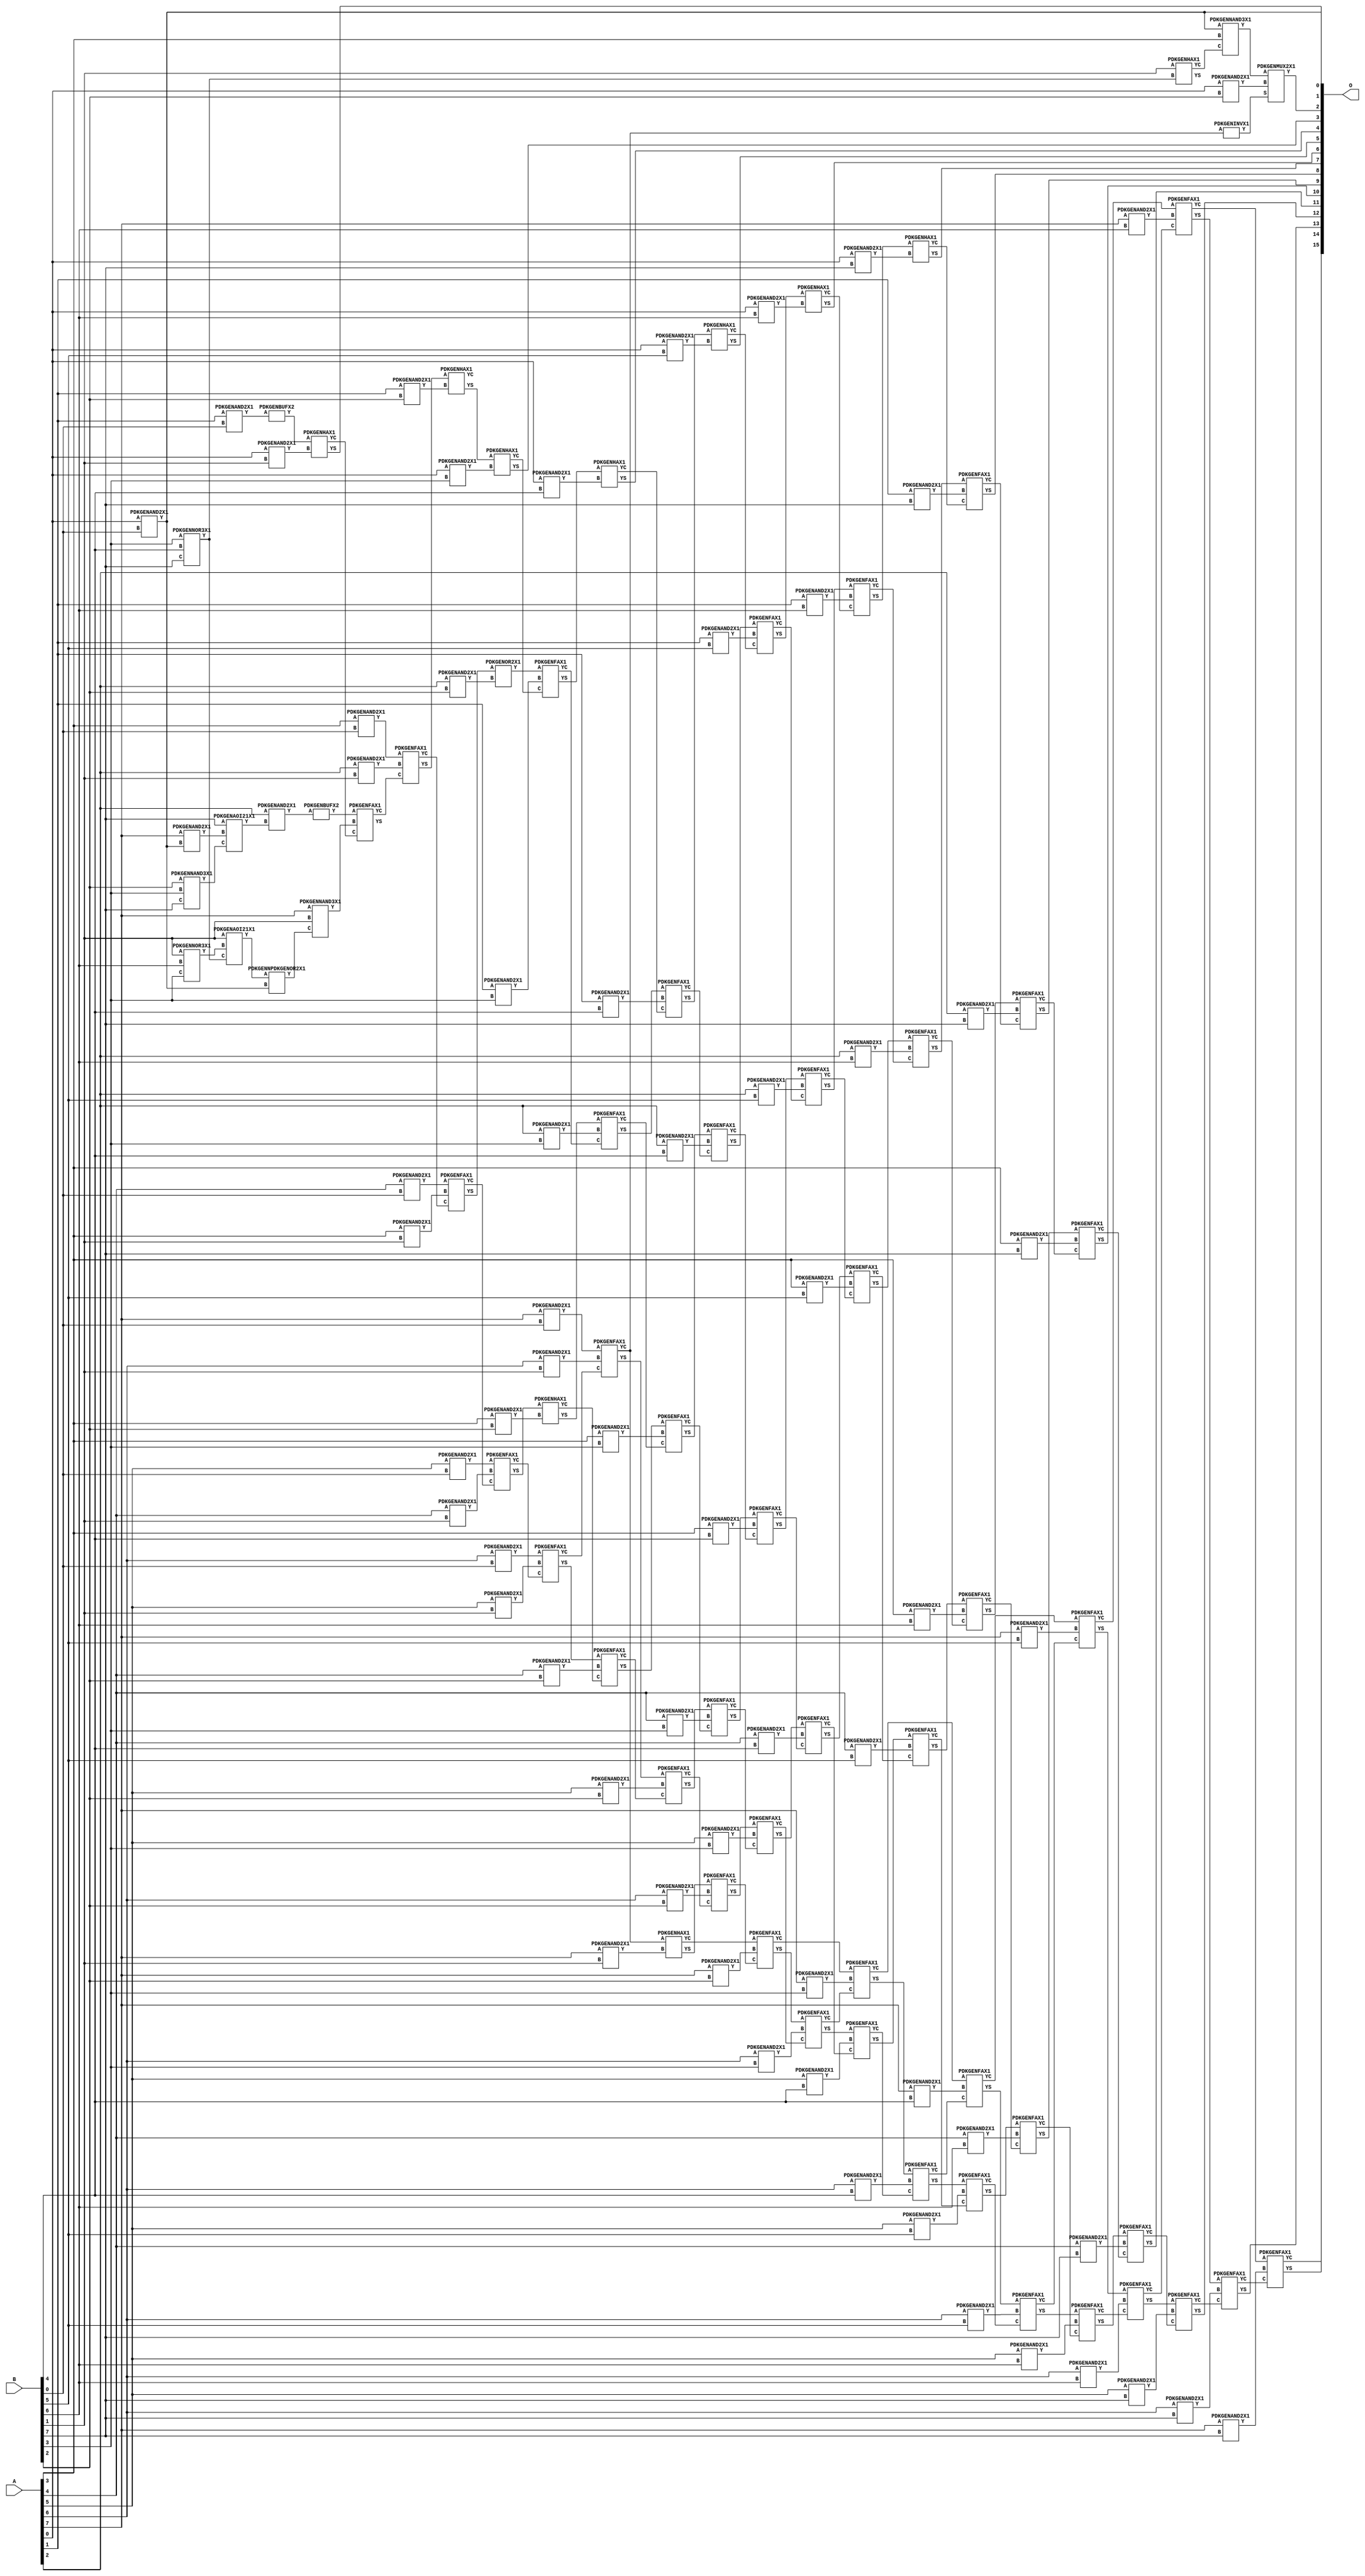
// Library = EvoApprox8b
// Circuit = mul8_316
// Area   (180) = 8716
// Delay  (180) = 5.340
// Power  (180) = 4409.30
// Area   (45) = 631
// Delay  (45) = 2.000
// Power  (45) = 382.70
// Nodes = 132
// HD = 60322
// MAE = 4.50098
// MSE = 80.69141
// MRE = 0.17 %
// WCE = 40
// WCRE = 100 %
// EP = 45.8 %

module mul8_316(A, B, O);
  input [7:0] A;
  input [7:0] B;
  output [15:0] O;
  wire [2031:0] N;

  assign N[0] = A[0];
  assign N[1] = A[0];
  assign N[2] = A[1];
  assign N[3] = A[1];
  assign N[4] = A[2];
  assign N[5] = A[2];
  assign N[6] = A[3];
  assign N[7] = A[3];
  assign N[8] = A[4];
  assign N[9] = A[4];
  assign N[10] = A[5];
  assign N[11] = A[5];
  assign N[12] = A[6];
  assign N[13] = A[6];
  assign N[14] = A[7];
  assign N[15] = A[7];
  assign N[16] = B[0];
  assign N[17] = B[0];
  assign N[18] = B[1];
  assign N[19] = B[1];
  assign N[20] = B[2];
  assign N[21] = B[2];
  assign N[22] = B[3];
  assign N[23] = B[3];
  assign N[24] = B[4];
  assign N[25] = B[4];
  assign N[26] = B[5];
  assign N[27] = B[5];
  assign N[28] = B[6];
  assign N[29] = B[6];
  assign N[30] = B[7];
  assign N[31] = B[7];

  PDKGENAND2X1 n32(.A(N[0]), .B(N[16]), .Y(N[32]));
  assign N[33] = N[32];
  PDKGENNOR3X1 n34(.A(N[22]), .B(N[24]), .C(N[30]), .Y(N[34]));
  assign N[35] = N[34];
  PDKGENNAND3X1 n36(.A(N[20]), .B(N[22]), .C(N[30]), .Y(N[36]));
  PDKGENNOR3X1 n38(.A(N[18]), .B(N[28]), .C(N[22]), .Y(N[38]));
  PDKGENAND2X1 n42(.A(N[14]), .B(N[32]), .Y(N[42]));
  PDKGENAND2X1 n48(.A(N[2]), .B(N[16]), .Y(N[48]));
  assign N[49] = N[48];
  PDKGENAOI21X1 n54(.A(N[30]), .B(N[42]), .C(N[36]), .Y(N[54]));
  PDKGENAOI21X1 n56(.A(N[18]), .B(N[38]), .C(N[35]), .Y(N[56]));
  assign N[57] = N[56];
  PDKGENHAX1 n58(.A(N[18]), .B(N[34]), .YS(N[58]), .YC(N[59]));
  PDKGENNAND3X1 n60(.A(N[33]), .B(N[6]), .C(N[59]), .Y(N[60]));
  assign N[61] = N[60];
  PDKGENAND2X1 n64(.A(N[4]), .B(N[54]), .Y(N[64]));
  assign N[65] = N[64];
  PDKGENAND2X1 n82(.A(N[6]), .B(N[16]), .Y(N[82]));
  PDKGENAND2X1 n98(.A(N[8]), .B(N[16]), .Y(N[98]));
  PDKGENAND2X1 n114(.A(N[10]), .B(N[16]), .Y(N[114]));
  PDKGENAND2X1 n132(.A(N[12]), .B(N[16]), .Y(N[132]));
  PDKGENBUFX2 n136(.A(N[65]), .Y(N[136]));
  assign N[137] = N[136];
  PDKGENAND2X1 n148(.A(N[14]), .B(N[16]), .Y(N[148]));
  PDKGENNPDKGENOR2X1 n154(.A(N[57]), .B(N[32]), .Y(N[154]));
  assign N[155] = N[154];
  PDKGENAND2X1 n164(.A(N[0]), .B(N[18]), .Y(N[164]));
  PDKGENBUFX2 n168(.A(N[49]), .Y(N[168]));
  assign N[169] = N[168];
  PDKGENNAND3X1 n182(.A(N[14]), .B(N[18]), .C(N[155]), .Y(N[182]));
  PDKGENAND2X1 n198(.A(N[4]), .B(N[18]), .Y(N[198]));
  PDKGENAND2X1 n214(.A(N[6]), .B(N[18]), .Y(N[214]));
  PDKGENAND2X1 n232(.A(N[8]), .B(N[18]), .Y(N[232]));
  PDKGENAND2X1 n248(.A(N[10]), .B(N[18]), .Y(N[248]));
  PDKGENAND2X1 n264(.A(N[12]), .B(N[18]), .Y(N[264]));
  PDKGENAND2X1 n282(.A(N[14]), .B(N[18]), .Y(N[282]));
  PDKGENHAX1 n298(.A(N[169]), .B(N[164]), .YS(N[298]), .YC(N[299]));
  PDKGENFAX1 n314(.A(N[137]), .B(N[182]), .C(N[299]), .YS(N[314]), .YC(N[315]));
  PDKGENFAX1 n332(.A(N[82]), .B(N[198]), .C(N[315]), .YS(N[332]), .YC(N[333]));
  PDKGENFAX1 n348(.A(N[98]), .B(N[214]), .C(N[333]), .YS(N[348]), .YC(N[349]));
  PDKGENFAX1 n364(.A(N[114]), .B(N[232]), .C(N[349]), .YS(N[364]), .YC(N[365]));
  PDKGENFAX1 n382(.A(N[132]), .B(N[248]), .C(N[365]), .YS(N[382]), .YC(N[383]));
  PDKGENFAX1 n398(.A(N[148]), .B(N[264]), .C(N[383]), .YS(N[398]), .YC(N[399]));
  PDKGENHAX1 n414(.A(N[399]), .B(N[282]), .YS(N[414]), .YC(N[415]));
  PDKGENAND2X1 n432(.A(N[0]), .B(N[20]), .Y(N[432]));
  PDKGENAND2X1 n448(.A(N[2]), .B(N[20]), .Y(N[448]));
  PDKGENAND2X1 n464(.A(N[4]), .B(N[20]), .Y(N[464]));
  PDKGENAND2X1 n482(.A(N[6]), .B(N[20]), .Y(N[482]));
  PDKGENAND2X1 n498(.A(N[8]), .B(N[20]), .Y(N[498]));
  PDKGENAND2X1 n514(.A(N[10]), .B(N[20]), .Y(N[514]));
  PDKGENAND2X1 n532(.A(N[12]), .B(N[20]), .Y(N[532]));
  PDKGENINVX1 n534(.A(N[399]), .Y(N[534]));
  assign N[535] = N[534];
  PDKGENAND2X1 n548(.A(N[14]), .B(N[20]), .Y(N[548]));
  PDKGENMUX2X1 n564(.A(N[61]), .B(N[432]), .S(N[535]), .Y(N[564]));
  PDKGENHAX1 n582(.A(N[332]), .B(N[448]), .YS(N[582]), .YC(N[583]));
  PDKGENOR2X1 n598(.A(N[348]), .B(N[464]), .Y(N[598]));
  PDKGENHAX1 n614(.A(N[364]), .B(N[482]), .YS(N[614]), .YC(N[615]));
  PDKGENFAX1 n632(.A(N[382]), .B(N[498]), .C(N[615]), .YS(N[632]), .YC(N[633]));
  PDKGENFAX1 n648(.A(N[398]), .B(N[514]), .C(N[633]), .YS(N[648]), .YC(N[649]));
  PDKGENFAX1 n664(.A(N[414]), .B(N[532]), .C(N[649]), .YS(N[664]), .YC(N[665]));
  PDKGENFAX1 n682(.A(N[415]), .B(N[548]), .C(N[665]), .YS(N[682]), .YC(N[683]));
  PDKGENAND2X1 n698(.A(N[0]), .B(N[22]), .Y(N[698]));
  PDKGENAND2X1 n714(.A(N[2]), .B(N[22]), .Y(N[714]));
  PDKGENAND2X1 n732(.A(N[4]), .B(N[22]), .Y(N[732]));
  PDKGENAND2X1 n748(.A(N[6]), .B(N[22]), .Y(N[748]));
  PDKGENAND2X1 n764(.A(N[8]), .B(N[22]), .Y(N[764]));
  PDKGENAND2X1 n782(.A(N[10]), .B(N[22]), .Y(N[782]));
  PDKGENAND2X1 n798(.A(N[12]), .B(N[22]), .Y(N[798]));
  PDKGENAND2X1 n814(.A(N[14]), .B(N[22]), .Y(N[814]));
  PDKGENHAX1 n832(.A(N[582]), .B(N[698]), .YS(N[832]), .YC(N[833]));
  PDKGENFAX1 n848(.A(N[598]), .B(N[714]), .C(N[833]), .YS(N[848]), .YC(N[849]));
  PDKGENFAX1 n864(.A(N[614]), .B(N[732]), .C(N[849]), .YS(N[864]), .YC(N[865]));
  PDKGENFAX1 n882(.A(N[632]), .B(N[748]), .C(N[865]), .YS(N[882]), .YC(N[883]));
  PDKGENFAX1 n898(.A(N[648]), .B(N[764]), .C(N[883]), .YS(N[898]), .YC(N[899]));
  PDKGENFAX1 n914(.A(N[664]), .B(N[782]), .C(N[899]), .YS(N[914]), .YC(N[915]));
  PDKGENFAX1 n932(.A(N[682]), .B(N[798]), .C(N[915]), .YS(N[932]), .YC(N[933]));
  PDKGENFAX1 n948(.A(N[683]), .B(N[814]), .C(N[933]), .YS(N[948]), .YC(N[949]));
  PDKGENAND2X1 n964(.A(N[0]), .B(N[24]), .Y(N[964]));
  PDKGENAND2X1 n982(.A(N[2]), .B(N[24]), .Y(N[982]));
  PDKGENAND2X1 n998(.A(N[4]), .B(N[24]), .Y(N[998]));
  PDKGENAND2X1 n1014(.A(N[6]), .B(N[24]), .Y(N[1014]));
  PDKGENAND2X1 n1032(.A(N[8]), .B(N[24]), .Y(N[1032]));
  PDKGENAND2X1 n1048(.A(N[10]), .B(N[24]), .Y(N[1048]));
  PDKGENAND2X1 n1064(.A(N[12]), .B(N[24]), .Y(N[1064]));
  PDKGENAND2X1 n1082(.A(N[14]), .B(N[24]), .Y(N[1082]));
  PDKGENHAX1 n1098(.A(N[848]), .B(N[964]), .YS(N[1098]), .YC(N[1099]));
  PDKGENFAX1 n1114(.A(N[864]), .B(N[982]), .C(N[1099]), .YS(N[1114]), .YC(N[1115]));
  PDKGENFAX1 n1132(.A(N[882]), .B(N[998]), .C(N[1115]), .YS(N[1132]), .YC(N[1133]));
  PDKGENFAX1 n1148(.A(N[898]), .B(N[1014]), .C(N[1133]), .YS(N[1148]), .YC(N[1149]));
  PDKGENFAX1 n1164(.A(N[914]), .B(N[1032]), .C(N[1149]), .YS(N[1164]), .YC(N[1165]));
  PDKGENFAX1 n1182(.A(N[932]), .B(N[1048]), .C(N[1165]), .YS(N[1182]), .YC(N[1183]));
  PDKGENFAX1 n1198(.A(N[948]), .B(N[1064]), .C(N[1183]), .YS(N[1198]), .YC(N[1199]));
  PDKGENFAX1 n1214(.A(N[949]), .B(N[1082]), .C(N[1199]), .YS(N[1214]), .YC(N[1215]));
  PDKGENAND2X1 n1232(.A(N[0]), .B(N[26]), .Y(N[1232]));
  PDKGENAND2X1 n1248(.A(N[2]), .B(N[26]), .Y(N[1248]));
  PDKGENAND2X1 n1264(.A(N[4]), .B(N[26]), .Y(N[1264]));
  PDKGENAND2X1 n1282(.A(N[6]), .B(N[26]), .Y(N[1282]));
  PDKGENAND2X1 n1298(.A(N[8]), .B(N[26]), .Y(N[1298]));
  PDKGENAND2X1 n1314(.A(N[10]), .B(N[26]), .Y(N[1314]));
  PDKGENAND2X1 n1332(.A(N[12]), .B(N[26]), .Y(N[1332]));
  PDKGENAND2X1 n1348(.A(N[14]), .B(N[26]), .Y(N[1348]));
  PDKGENHAX1 n1364(.A(N[1114]), .B(N[1232]), .YS(N[1364]), .YC(N[1365]));
  PDKGENFAX1 n1382(.A(N[1132]), .B(N[1248]), .C(N[1365]), .YS(N[1382]), .YC(N[1383]));
  PDKGENFAX1 n1398(.A(N[1148]), .B(N[1264]), .C(N[1383]), .YS(N[1398]), .YC(N[1399]));
  PDKGENFAX1 n1414(.A(N[1164]), .B(N[1282]), .C(N[1399]), .YS(N[1414]), .YC(N[1415]));
  PDKGENFAX1 n1432(.A(N[1182]), .B(N[1298]), .C(N[1415]), .YS(N[1432]), .YC(N[1433]));
  PDKGENFAX1 n1448(.A(N[1198]), .B(N[1314]), .C(N[1433]), .YS(N[1448]), .YC(N[1449]));
  PDKGENFAX1 n1464(.A(N[1214]), .B(N[1332]), .C(N[1449]), .YS(N[1464]), .YC(N[1465]));
  PDKGENFAX1 n1482(.A(N[1215]), .B(N[1348]), .C(N[1465]), .YS(N[1482]), .YC(N[1483]));
  PDKGENAND2X1 n1498(.A(N[0]), .B(N[28]), .Y(N[1498]));
  PDKGENAND2X1 n1514(.A(N[2]), .B(N[28]), .Y(N[1514]));
  PDKGENAND2X1 n1532(.A(N[4]), .B(N[28]), .Y(N[1532]));
  PDKGENAND2X1 n1548(.A(N[6]), .B(N[28]), .Y(N[1548]));
  PDKGENAND2X1 n1564(.A(N[8]), .B(N[28]), .Y(N[1564]));
  PDKGENAND2X1 n1582(.A(N[10]), .B(N[28]), .Y(N[1582]));
  PDKGENAND2X1 n1598(.A(N[12]), .B(N[28]), .Y(N[1598]));
  PDKGENAND2X1 n1614(.A(N[14]), .B(N[28]), .Y(N[1614]));
  PDKGENHAX1 n1632(.A(N[1382]), .B(N[1498]), .YS(N[1632]), .YC(N[1633]));
  PDKGENFAX1 n1648(.A(N[1398]), .B(N[1514]), .C(N[1633]), .YS(N[1648]), .YC(N[1649]));
  PDKGENFAX1 n1664(.A(N[1414]), .B(N[1532]), .C(N[1649]), .YS(N[1664]), .YC(N[1665]));
  PDKGENFAX1 n1682(.A(N[1432]), .B(N[1548]), .C(N[1665]), .YS(N[1682]), .YC(N[1683]));
  PDKGENFAX1 n1698(.A(N[1448]), .B(N[1564]), .C(N[1683]), .YS(N[1698]), .YC(N[1699]));
  PDKGENFAX1 n1714(.A(N[1464]), .B(N[1582]), .C(N[1699]), .YS(N[1714]), .YC(N[1715]));
  PDKGENFAX1 n1732(.A(N[1482]), .B(N[1598]), .C(N[1715]), .YS(N[1732]), .YC(N[1733]));
  PDKGENFAX1 n1748(.A(N[1483]), .B(N[1614]), .C(N[1733]), .YS(N[1748]), .YC(N[1749]));
  PDKGENAND2X1 n1764(.A(N[0]), .B(N[30]), .Y(N[1764]));
  PDKGENAND2X1 n1782(.A(N[2]), .B(N[30]), .Y(N[1782]));
  PDKGENAND2X1 n1798(.A(N[4]), .B(N[30]), .Y(N[1798]));
  PDKGENAND2X1 n1814(.A(N[6]), .B(N[30]), .Y(N[1814]));
  PDKGENAND2X1 n1832(.A(N[8]), .B(N[30]), .Y(N[1832]));
  PDKGENAND2X1 n1848(.A(N[10]), .B(N[30]), .Y(N[1848]));
  PDKGENAND2X1 n1864(.A(N[12]), .B(N[30]), .Y(N[1864]));
  PDKGENAND2X1 n1882(.A(N[14]), .B(N[30]), .Y(N[1882]));
  PDKGENHAX1 n1898(.A(N[1648]), .B(N[1764]), .YS(N[1898]), .YC(N[1899]));
  PDKGENFAX1 n1914(.A(N[1664]), .B(N[1782]), .C(N[1899]), .YS(N[1914]), .YC(N[1915]));
  PDKGENFAX1 n1932(.A(N[1682]), .B(N[1798]), .C(N[1915]), .YS(N[1932]), .YC(N[1933]));
  PDKGENFAX1 n1948(.A(N[1698]), .B(N[1814]), .C(N[1933]), .YS(N[1948]), .YC(N[1949]));
  PDKGENFAX1 n1964(.A(N[1714]), .B(N[1832]), .C(N[1949]), .YS(N[1964]), .YC(N[1965]));
  PDKGENFAX1 n1982(.A(N[1732]), .B(N[1848]), .C(N[1965]), .YS(N[1982]), .YC(N[1983]));
  PDKGENFAX1 n1998(.A(N[1748]), .B(N[1864]), .C(N[1983]), .YS(N[1998]), .YC(N[1999]));
  PDKGENFAX1 n2014(.A(N[1749]), .B(N[1882]), .C(N[1999]), .YS(N[2014]), .YC(N[2015]));

  assign O[0] = N[32];
  assign O[1] = N[298];
  assign O[2] = N[564];
  assign O[3] = N[832];
  assign O[4] = N[1098];
  assign O[5] = N[1364];
  assign O[6] = N[1632];
  assign O[7] = N[1898];
  assign O[8] = N[1914];
  assign O[9] = N[1932];
  assign O[10] = N[1948];
  assign O[11] = N[1964];
  assign O[12] = N[1982];
  assign O[13] = N[1998];
  assign O[14] = N[2014];
  assign O[15] = N[2015];

endmodule
/* mod */
module PDKGENAOI21X1( input A, input B, input C, output Y );
    assign Y = ~((A & B) | C);
endmodule
/* mod */
module PDKGENFAX1( input A, input B, input C, output YS, output YC );
    assign YS = (A ^ B) ^ C;
    assign YC = (A & B) | (B & C) | (A & C);
endmodule
/* mod */
module PDKGENMUX2X1( input A, input B, input S, output Y );
    assign Y = (A & ~S) | (B & S);
endmodule
/* mod */
module PDKGENHAX1( input A, input B, output YS, output YC );
    assign YS = A ^ B;
    assign YC = A & B;
endmodule
/* mod */
module PDKGENNOR3X1(input A, input B, input C, output Y );
     assign Y = ~((A | B) | C);
endmodule
/* mod */
module PDKGENAND2X1(input A, input B, output Y );
     assign Y = A & B;
endmodule
/* mod */
module PDKGENINVX1(input A, output Y );
     assign Y = ~A;
endmodule
/* mod */
module PDKGENNPDKGENOR2X1(input A, input B, output Y );
     assign Y = ~(A | B);
endmodule
/* mod */
module PDKGENNAND3X1(input A, input B, input C, output Y );
     assign Y = ~((A & B) & C);
endmodule
/* mod */
module PDKGENBUFX2(input A, output Y );
     assign Y = A;
endmodule
/* mod */
module PDKGENOR2X1(input A, input B, output Y );
     assign Y = A | B;
endmodule